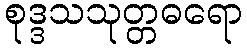
စုဒ္ဒသသုတ္တဓရော